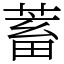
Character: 蓄